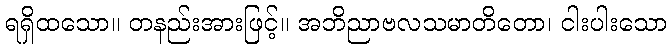
ရရှိထသော။ တနည်းအားဖြင့်။ အဘိညာဗလသမာတိတော၊ ငါးပါးသော